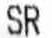
SR